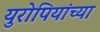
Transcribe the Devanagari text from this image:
युरोपियांच्या